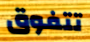
تتفوق